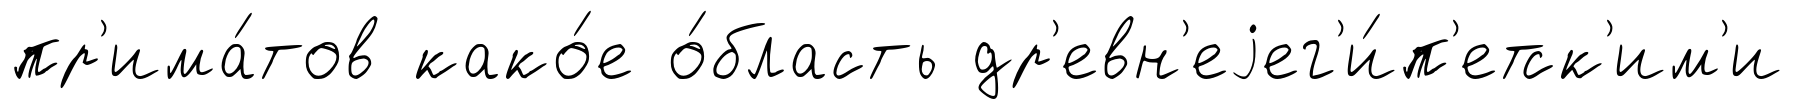
пр'има́тов како́е о́бласть др'евн'еjег'и́п'етск'им'и